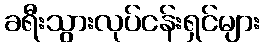
ခရီးသွားလုပ်ငန်းရှင်များ